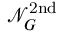
\mathcal { N } _ { G } ^ { \mathrm { 2 n d } }